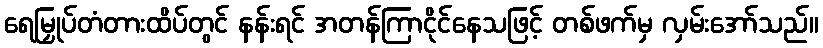
ရေမြှုပ်တံတားထိပ်တွင် နန်းရင် အတန်ကြာငိုင်နေသဖြင့် တစ်ဖက်မှ လှမ်းအော်သည်။